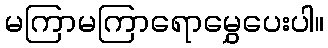
မကြာမကြာရောမွှေပေးပါ။